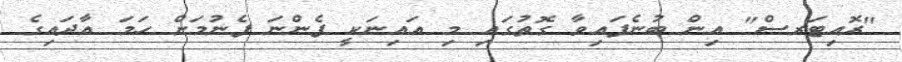
"ރޮއިޓަރސް" އިން ބުނެފައިވާ ގޮތުގައި މި އައިނަކީ ފެންނަ ފެނުމަށް ހަމަ އާދައިގެ